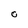
Character: 0